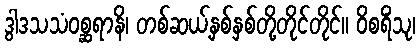
ဒွါဒသသံဝစ္ဆရာနိ၊ တစ်ဆယ့်နှစ်နှစ်တို့တိုင်တိုင်။ ဝိစရိံသု၊